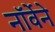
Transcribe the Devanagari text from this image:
नॉर्वेने